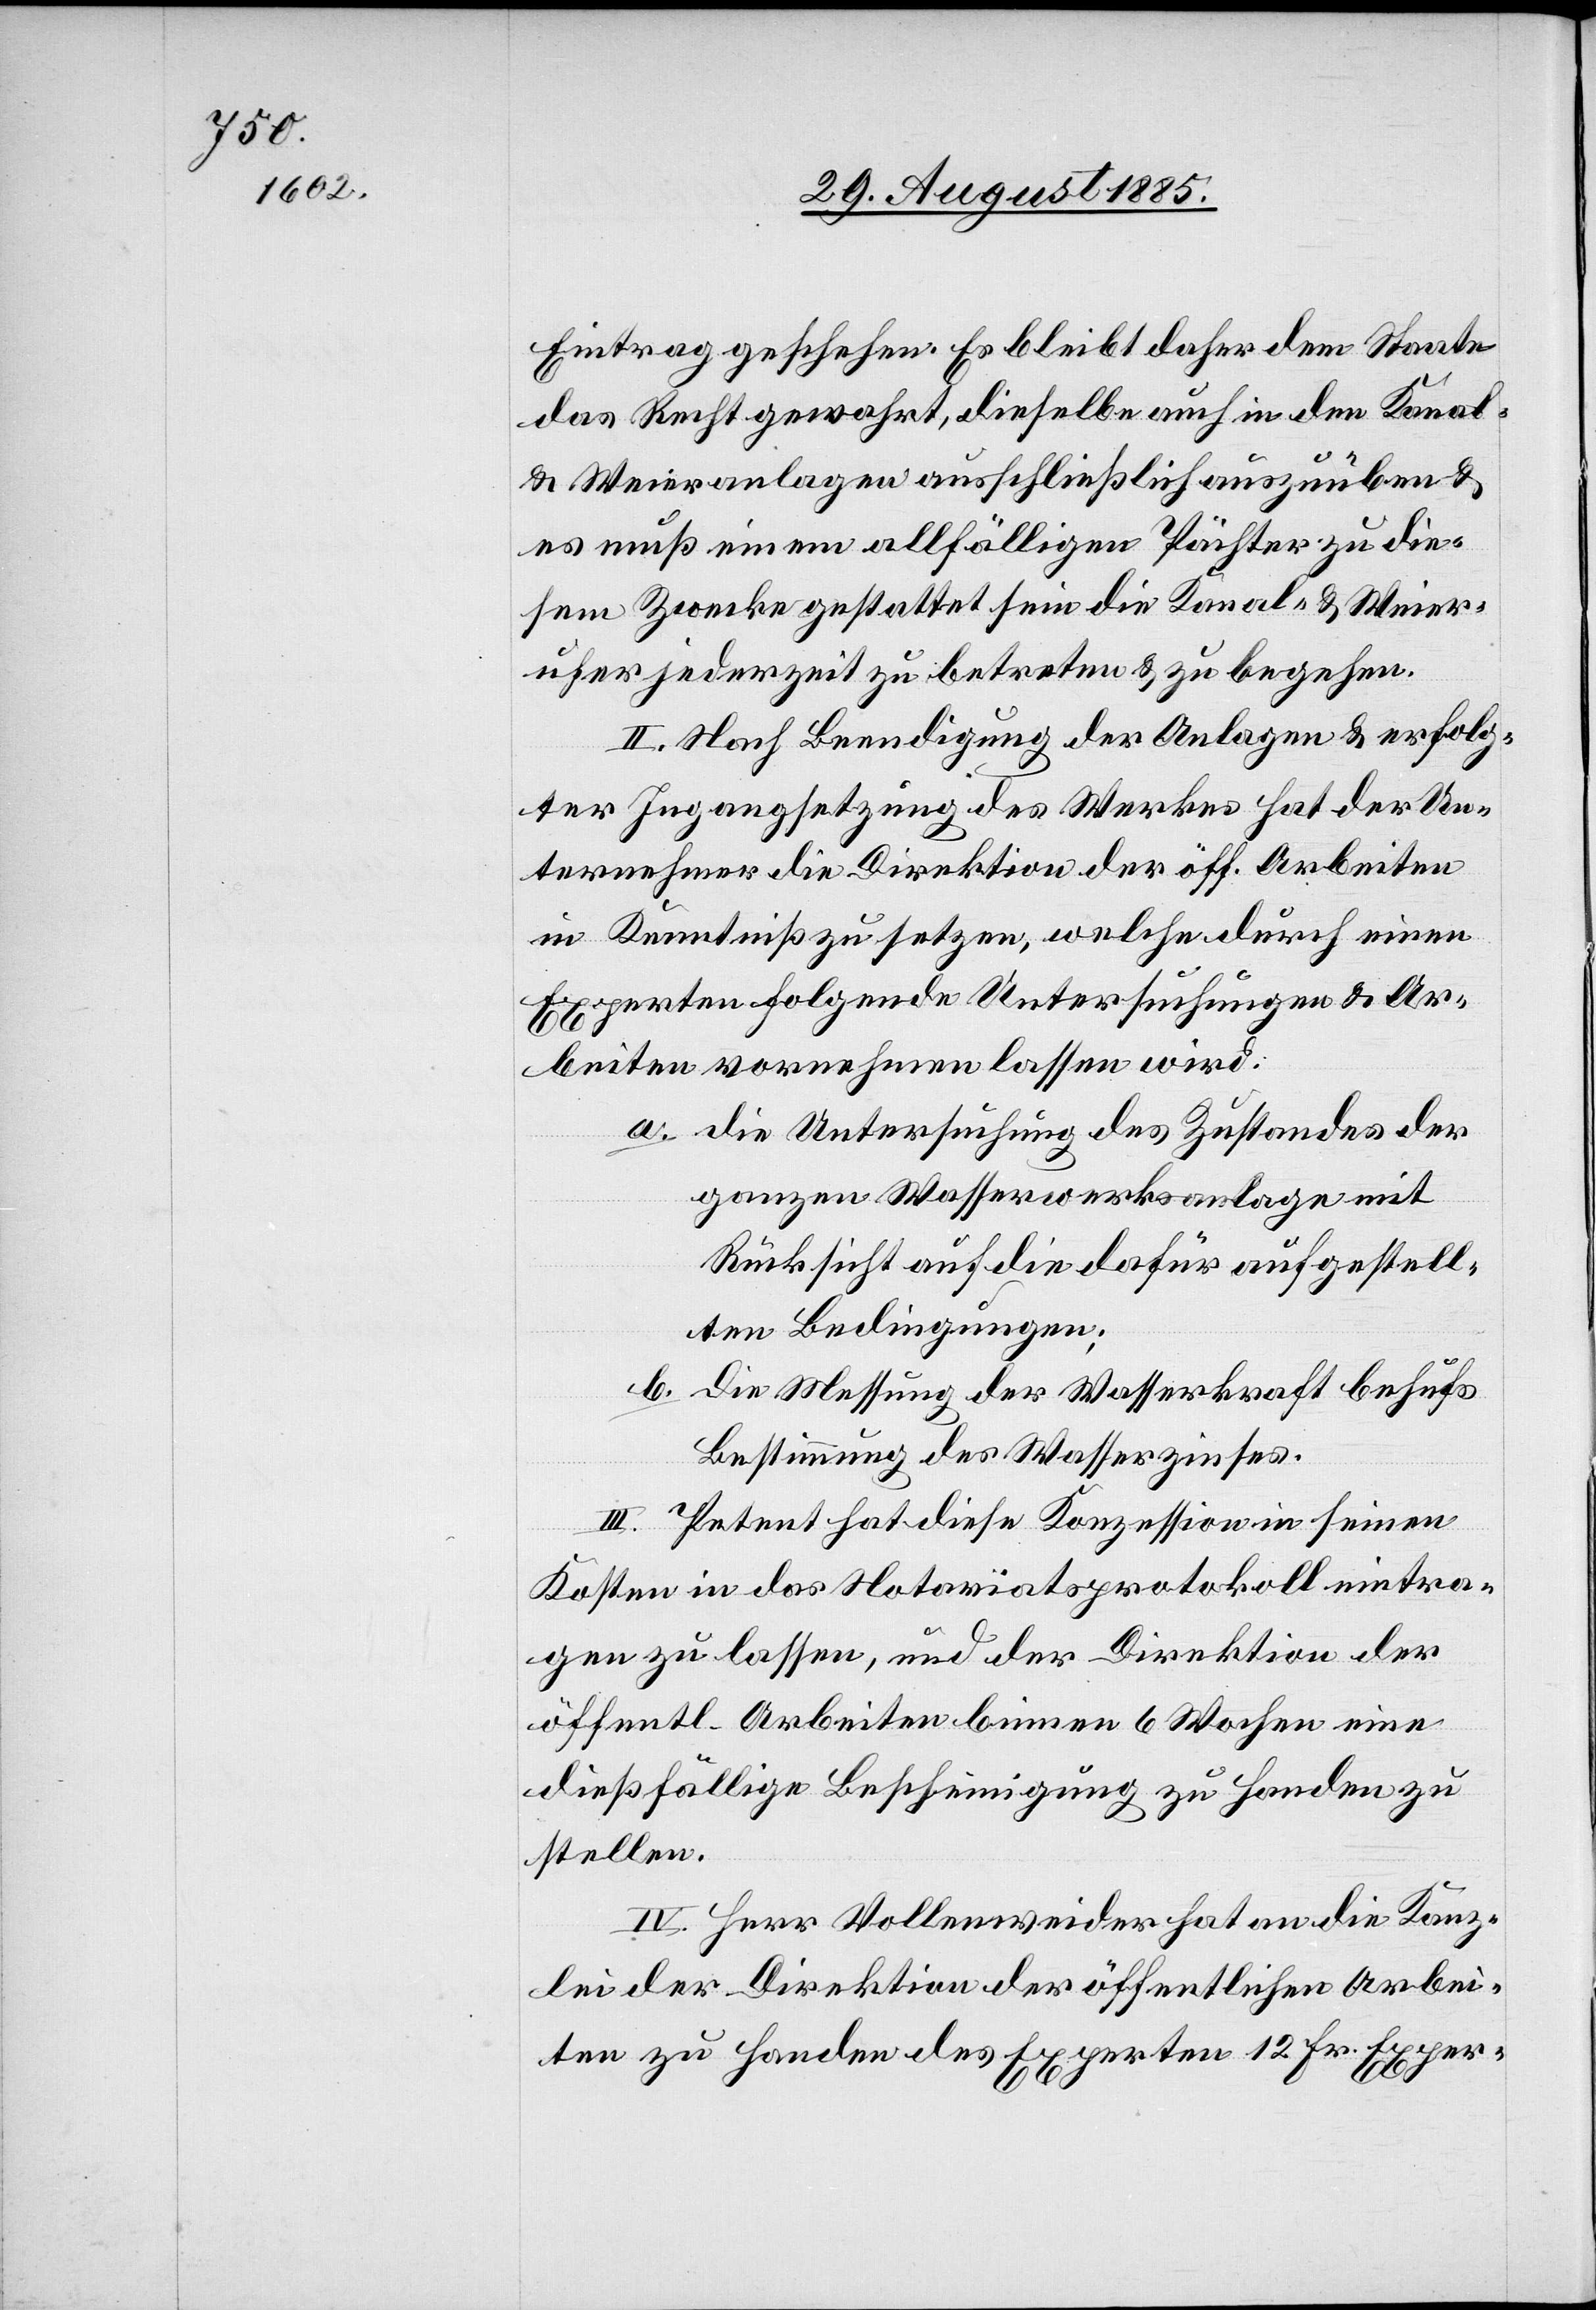
Eintrag geschehen. Es bleibt daher dem Staate
das Recht gewahrt, dieselbe auch in den Kanal-
& Weieranlagen ausschließlich auszuüben &
es muß einem allfälligen Pächter zu die¬
sem Zwecke gestattet sein die Kanal- & Weier¬
ufer jederzeit zu betreten & zu begehen.
II. Nach Beendigung der Anlagen & erfolg¬
ter Ingangsetzung des Werkes hat der Un¬
ternehmer die Direktion der öff. Arbeiten
in Kenntniß zu setzten, welche durch einen
Experten folgende Untersuchungen & Ar¬
beiten vornehmen lassen wird.
a. die Untersuchung des Zustandes der
ganzen Wasserwerksanlage mit
Rücksicht auf die dafür aufgestell¬
ten Bedingungen;
b. die Messung der Wasserkraft behufs
Bestimmung des Wasserzinses.
III. Petent hat diese Konzession in seinen
Kosten in das Notariatsprotokoll eintra¬
gen zu lassen, und der Direktion der
öffentl. Arbeiten binnen 6 Wochen eine
dießfällige Bescheinigung zu Handen zu
stellen.
IV. Herr Vollenweider hat an die Kanz¬
lei der Direktion der öffentlichen Arbei¬
ten zu Handen des Experten 12 Fr. Exper-